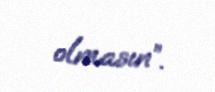
olmasın”.